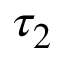
\tau _ { 2 }